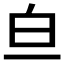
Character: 𬐃